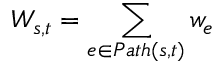
W _ { s , t } = \sum _ { e \in P a t h ( s , t ) } w _ { e }